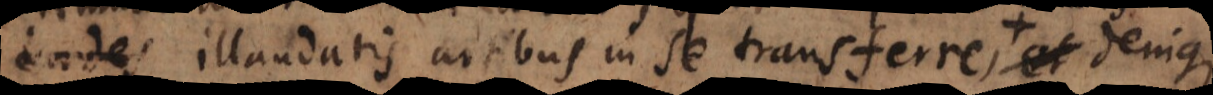
labores illaudatis artibus in se transferre, qui